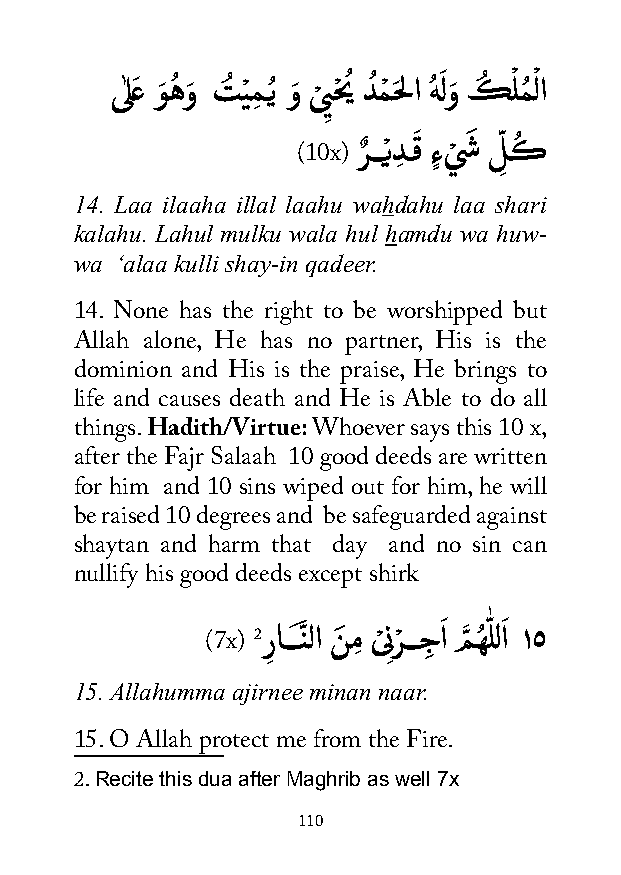
ىٰلعَ وَ هُ وَ تُ يْ مِ ـُي وَ ى
 ْ
 ِيحْيُ دُ مْ حَلا هُ لَ وَ كُ ْ لمُ ْ لا
 (10x) رٌ ـــْيدِ ـقَ ءٍ ي ْ شَ ل ِّ كُ
 14. Laa ilaaha illal laahu wahdahu laa shari
 kalahu. Lahul mulku wala hul hamdu wa huw-
 wa ‘alaa kulli shay-in qadeer.
 14. None has the right to be worshipped but
 Allah alone, He has no partner, His is the
 dominion and His is the praise, He brings to
 life and causes death and He is Able to do all
 things. Hadith/Virtue: Whoever says this 10 x,
 after the Fajr Salaah 10 good deeds are written
 for him and 10 sins wiped out for him, he will
 be raised 10 degrees and be safeguarded against
 shaytan and harm that day and no sin can
 nullify his good deeds except shirk
 (7x) 2ر ِ اـــنَّ لا نَ مِ ى ْ ِنرْ ـــجِ اَ مَّ هُ ّٰ للاَ ١٥
 15. Allahumma ajirnee minan naar.
 15. O Allah protect me from the Fire.
 Recite this dua after Maghrib as well 7x
 2.
 110